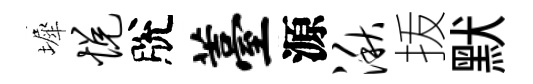
墀悦脫薹源湫㧞默